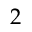
2